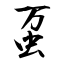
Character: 虿